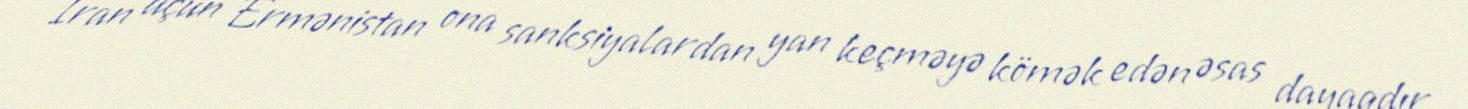
İran üçün Ermənistan ona sanksiyalardan yan keçməyə kömək edən əsas dayaqdır